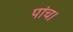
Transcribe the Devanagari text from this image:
पांच।